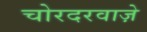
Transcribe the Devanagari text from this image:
चोरदरवाज़े